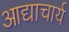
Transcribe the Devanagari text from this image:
आद्याचार्य